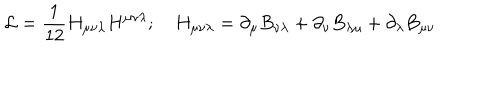
LaTeX: { \cal L } = \frac { 1 } { 1 2 } H _ { \mu \nu \lambda } H ^ { \mu \nu \lambda } ; ~ H _ { \mu \nu \lambda } = \partial _ { \mu } B _ { \nu \lambda } + \partial _ { \nu } B _ { \lambda \mu } + \partial _ { \lambda } B _ { \mu \nu }